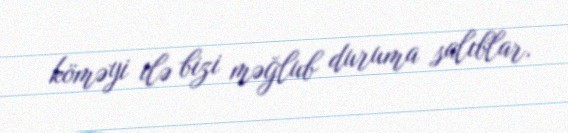
köməyi ilə bizi məğlub duruma salıblar.